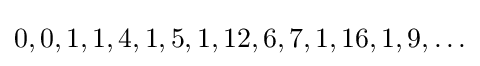
0,0,1,1,4,1,5,1,12,6,7,1,16,1,9,\ldots